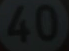
40